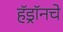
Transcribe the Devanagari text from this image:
हॅड्रॉनचे